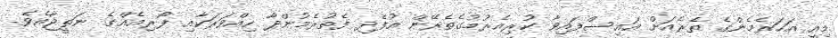
މިއީ އަހަރެމެންގެ ތެރެއަށް އައިސްފައިވާ ކުރިއެރުމުގެތެރޭން އުފެދި ފެތުރެމުންދާ ހިއްވަރަކާއި ފޯރިއެއްގެ ނަތީޖާއެވެ.